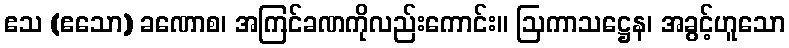
ဧသ (ဧသော) ခဏောစ၊ အကြင်ခဏကိုလည်းကောင်း။ ဩကာသဋ္ဌေန၊ အခွင့်ဟူသော